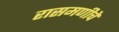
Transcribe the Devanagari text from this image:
रासमणीचे